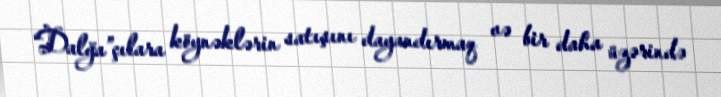
“Dalğa”çılara köynəklərin satışını dayandırmaq və bir daha üzərində